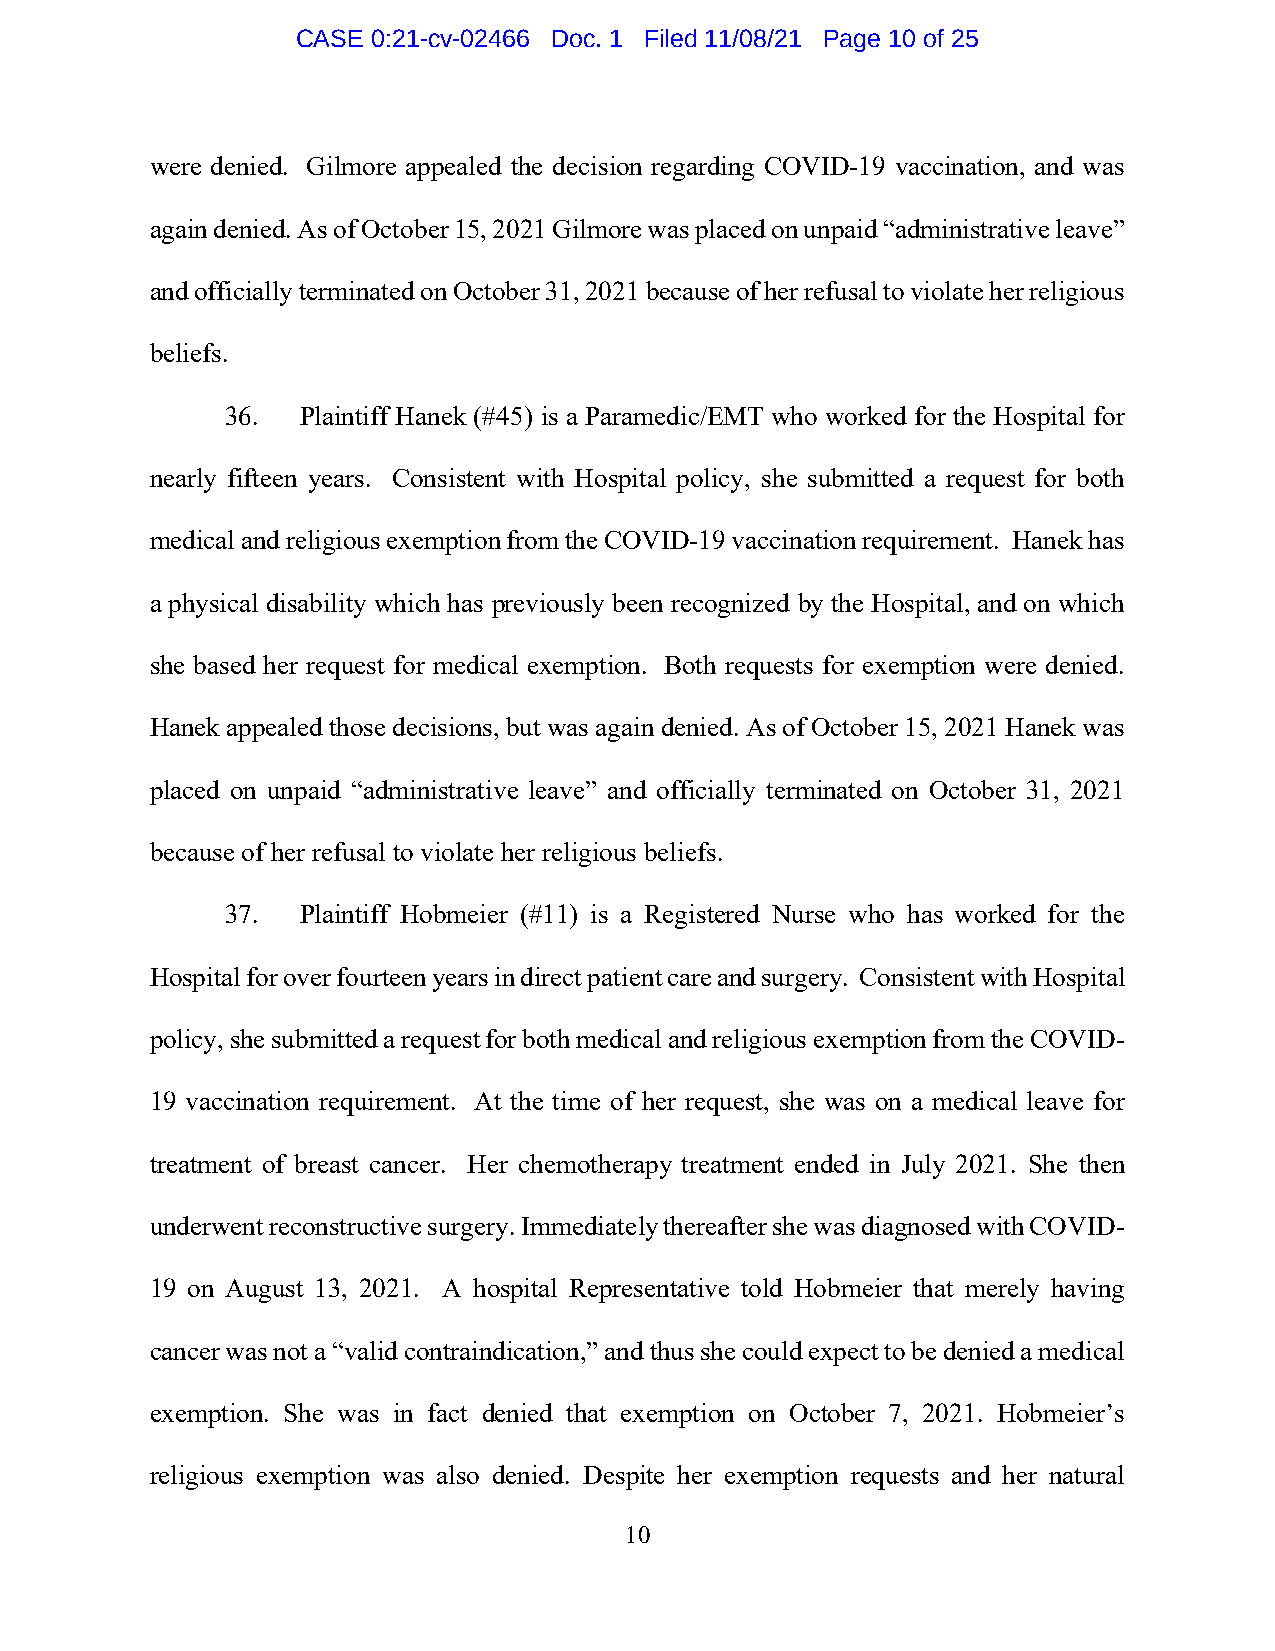
CASE 0:21-cv-02466 Doc. 1 Filed 11/08/21 Page 10 of 25
 were denied. Gilmore appealed the decision regarding COVID-19 vaccination, and was
 again denied. As of October 15, 2021 Gilmore was placed on unpaid “administrative leave”
 and officially terminated on October 31, 2021 because of her refusal to violate her religious
 beliefs.
 36.  Plaintiff Hanek (#45) is a Paramedic/EMT who worked for the Hospital for
 nearly fifteen years. Consistent with Hospital policy, she submitted a request for both
 medical and religious exemption from the COVID-19 vaccination requirement. Hanek has
 a physical disability which has previously been recognized by the Hospital, and on which
 she based her request for medical exemption. Both requests for exemption were denied.
 Hanek appealed those decisions, but was again denied. As of October 15, 2021 Hanek was
 placed on unpaid “administrative leave” and officially terminated on October 31, 2021
 because of her refusal to violate her religious beliefs.
 37.  Plaintiff Hobmeier (#11) is a Registered Nurse who has worked for the
 Hospital for over fourteen years in direct patient care and surgery. Consistent with Hospital
 policy, she submitted a request for both medical and religious exemption from the COVID-
 19 vaccination requirement. At the time of her request, she was on a medical leave for
 treatment of breast cancer. Her chemotherapy treatment ended in July 2021. She then
 underwent reconstructive surgery. Immediately thereafter she was diagnosed with COVID-
 19 on August 13, 2021. A hospital Representative told Hobmeier that merely having
 cancer was not a “valid contraindication,” and thus she could expect to be denied a medical
 exemption. She was in fact denied that exemption on October 7, 2021. Hobmeier’s
 religious exemption was also denied. Despite her exemption requests and her natural
 10